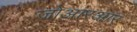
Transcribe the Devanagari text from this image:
जोआरआर